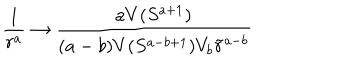
LaTeX: \frac { 1 } { r ^ { a } } \rightarrow \frac { a V ( S ^ { a + 1 } ) } { ( a - b ) V ( S ^ { a - b + 1 } ) V _ { b } \tilde { r } ^ { a - b } }